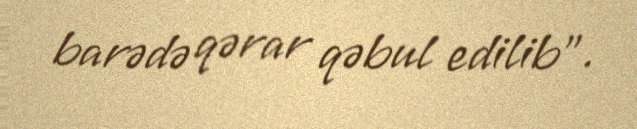
barədə qərar qəbul edilib".